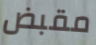
مقبض